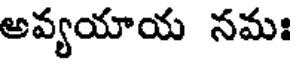
అవ్యయాయ నమః